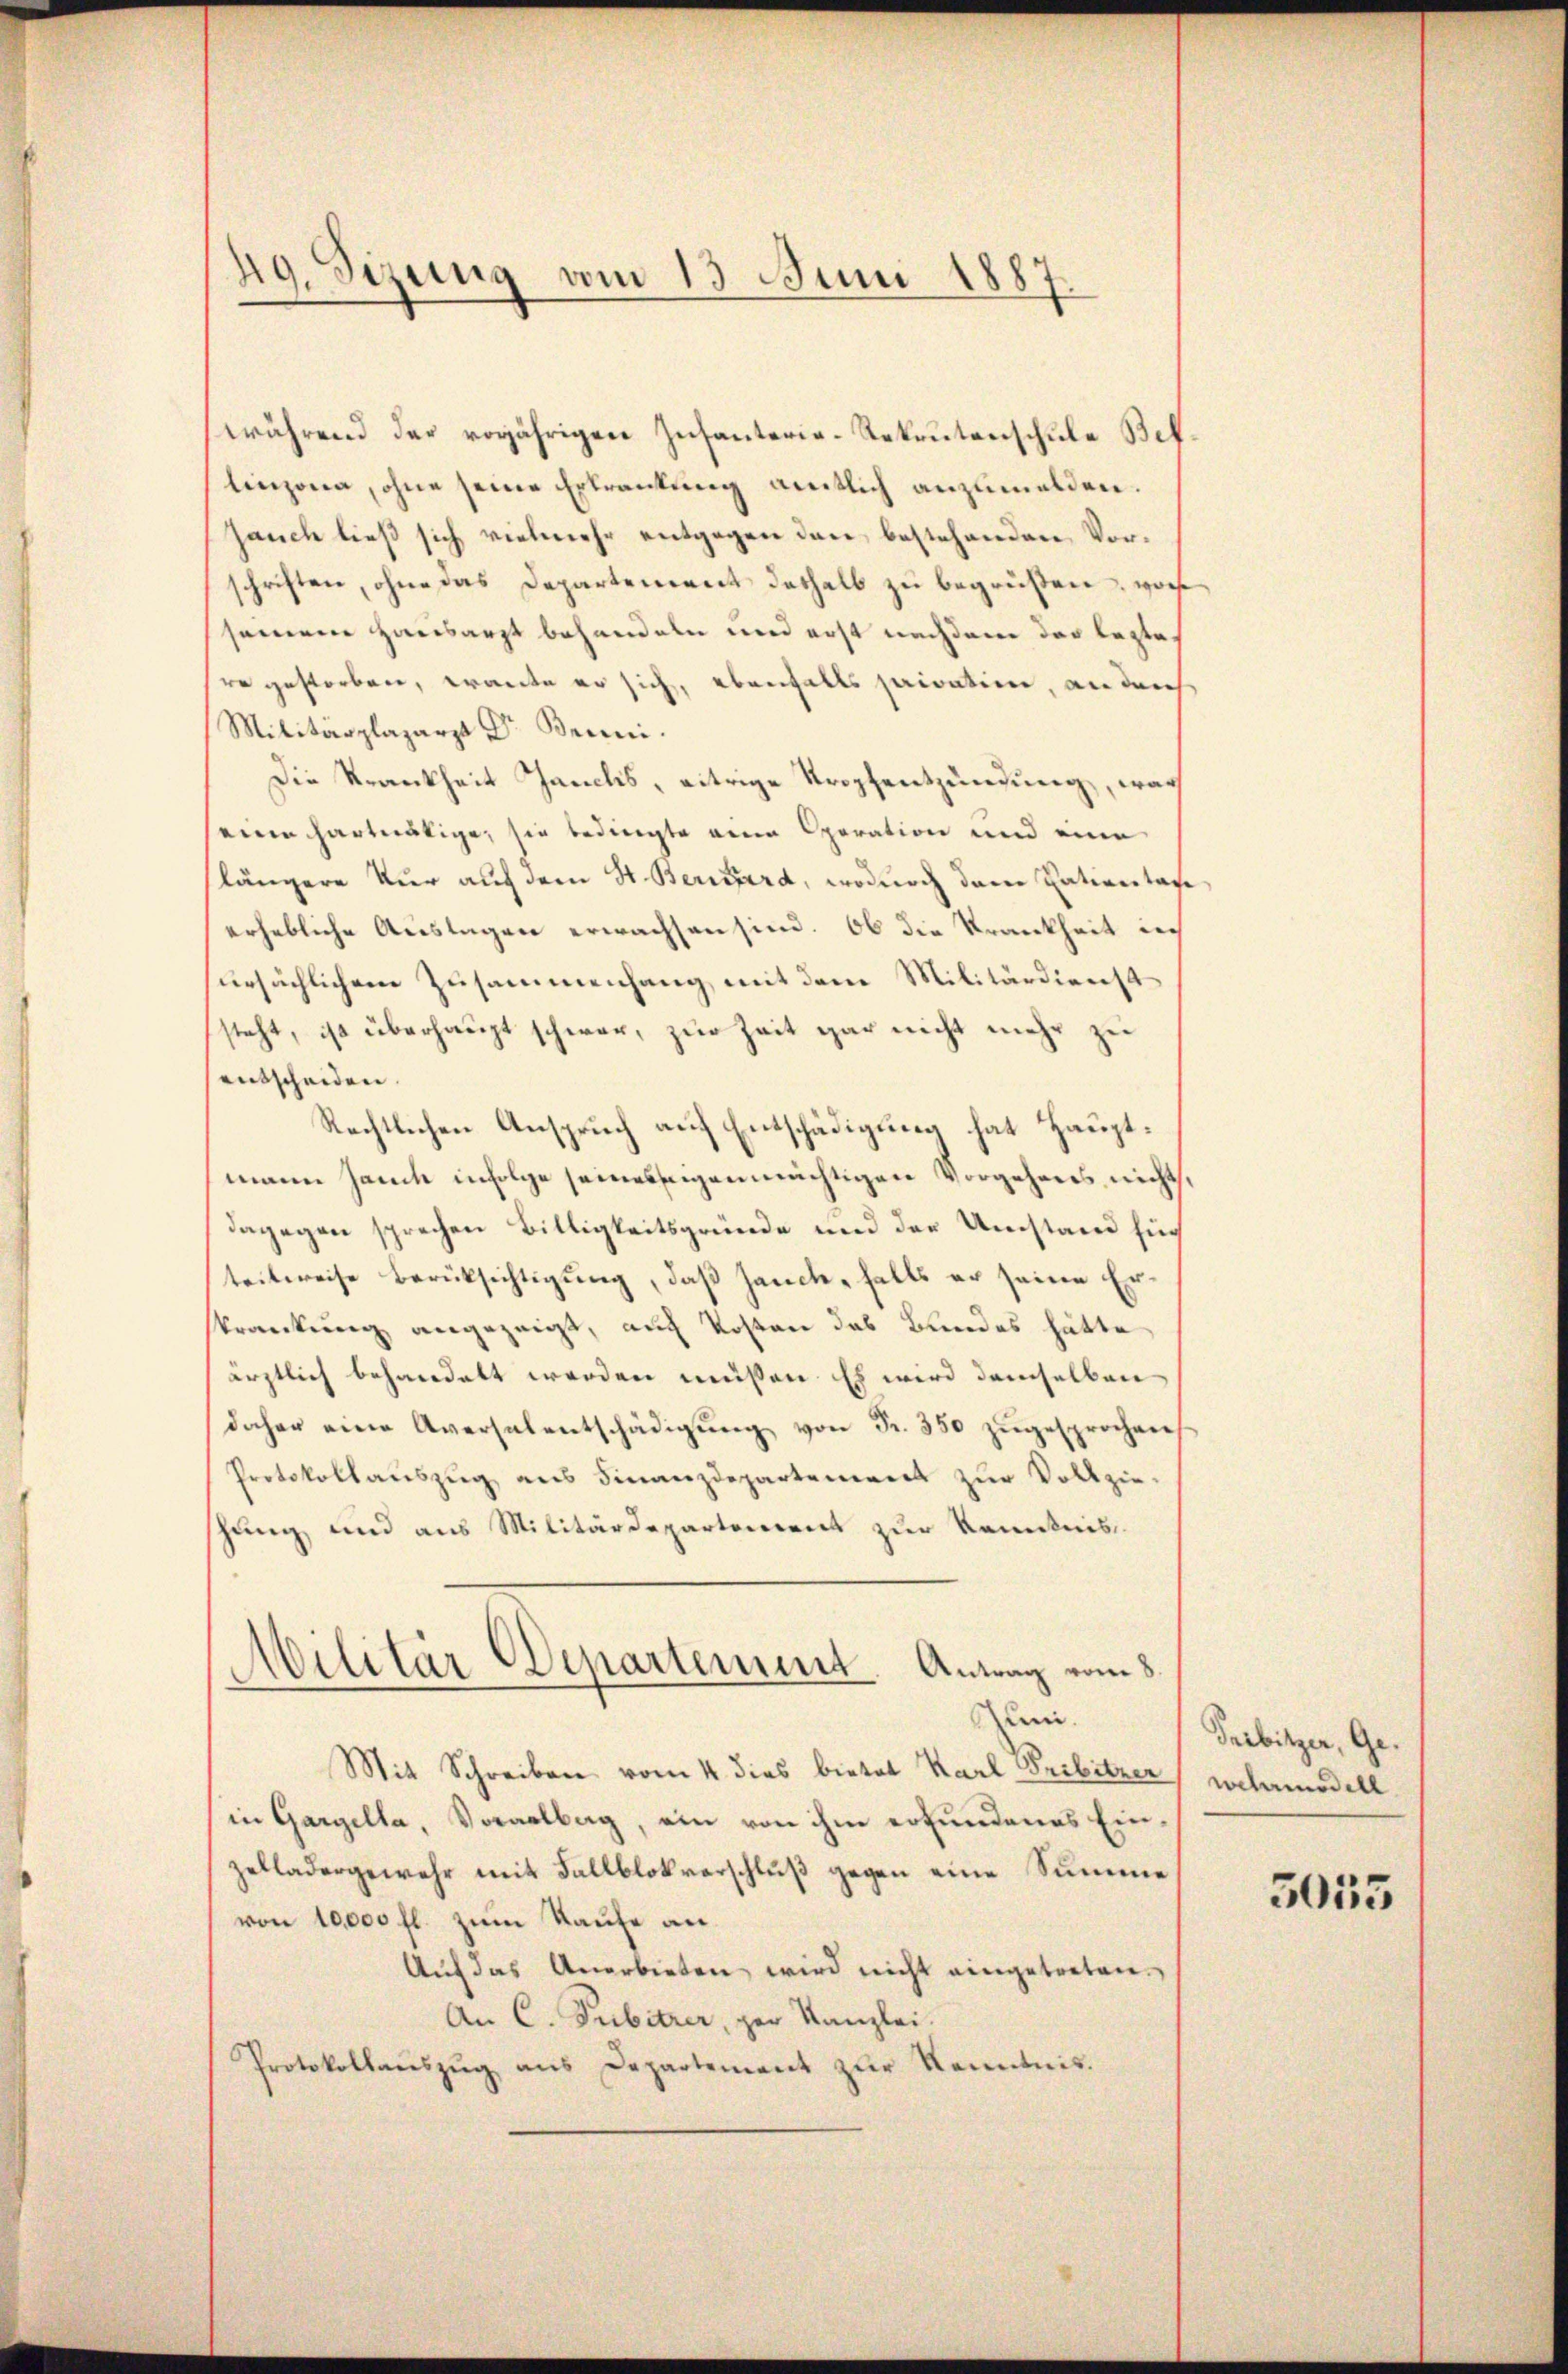
49. Sizung vom 13. Juni 1887.

während der vorjährigen Infanterie-Rekrutenschule Beflinzona, ohne seine Ertrautung amtlich anzumelden.
Jauch ließ sich vielmehr entgegen den bestehenden Vorschriften, ohne das Departement deshalb zu begrüßen, wor
semene Hausarzt behandeln und erst nachdem der lezte
re gestorben, tante er sich, ebenfalls paration, an der
Militärplazarzt Dr. Benni.
Die Krankheit Janelis, eitrige Trophentzündung, war
eine hartnätige, sie bedingte eine Operation und eine
längere Kur auf dem St. Bernard, wodurch dem Patientage
erhebliche Auslagen erwachsen sind. Ob die Krankheit doch
ursächlichem Zusammenhang, mit dem Militärdienst
steht, ist überhaupt schwer, zur Zeit gar nicht mehr zu
entscheiden.
Rechtlichen Anspruch auf Entschädigung hat Hauptmann Jauch infolge seines eigenmüchtigen Vorgehenes nicht,
dagegen sprechen Biltigkeitsgründe und der Umstand für
teitweise Berüksichtigung, daß Hanck, falls er seine Erkrankung angezeigt, auch Kosten das Bundes hätte
ärztlich behandelt werden müssen. Es wird demselben
daher eine Aversalentschädigŭng von Fr. 350 zŭgesprochen
Protokollauszug aus Finanzdepartement zur Vollzieschung und aus Militärdepartement zur Kenntnis
Militär Departement Antrag vom 5
Juni.
Mit Schreiben vom 4. dies bietet Karl Prebitzer
in Gargella, Vorarlbag, ein von ihm erfundenes Einzelladergewehr mit Fallblokverschluß gegen eine Summe
von 10,000 fl. zum Kaufe an.
Auf das Anerbieten wird nicht eingetreten.
An C. Pubitzer, per Kanzlei.
Protokollaŭszŭg ans Departement zŭr Kenntnis.

Pribitzer, Gewelemodell

5035